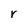
Character: r